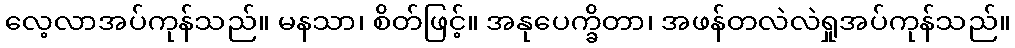
လေ့လာအပ်ကုန်သည်။ မနသာ၊ စိတ်ဖြင့်။ အနုပေက္ခိတာ၊ အဖန်တလဲလဲရှုအပ်ကုန်သည်။